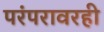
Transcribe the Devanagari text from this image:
परंपरावरही